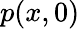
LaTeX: p(x,0)